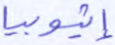
إثيوبيا